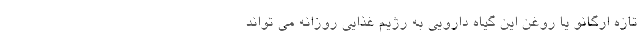
تازه اُرگانو یا روغن این گیاه دارویی به رژیم غذایی روزانه می تواند